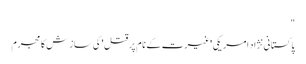
"
پاکستانی نژاد امریکی 'غیرت کے نام پر قتل' کی ساز ش کا مجرم